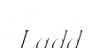
Ladd